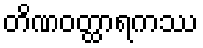
တိဏဝတ္ထာရကဿ